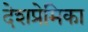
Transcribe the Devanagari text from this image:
देशप्रेमिका